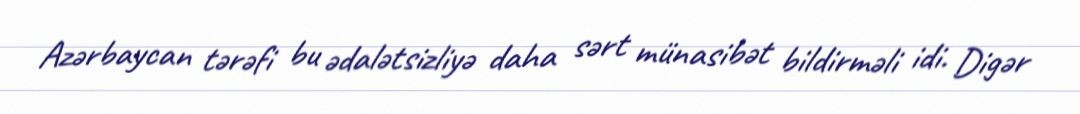
Azərbaycan tərəfi bu ədalətsizliyə daha sərt münasibət bildirməli idi. Digər